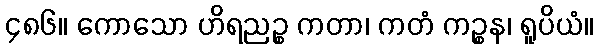
၄၈၆။ ကောသော ဟိရညဉ္စ ကတာ၊ ကတံ ကဉ္စန၊ ရူပိယံ။